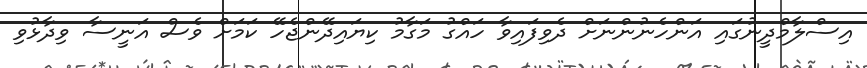
އިސްލާމްދީނުގައި އަންހެނުންނަށް ދެވިފައިވާ ހައްގު މަގާމު ކިޔައިދޭންޖެހޭ ކަމަށް ވެސް އަނީސާ ވިދާޅުވި